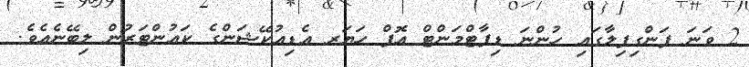
2 ވަނަ ފަންގިފިލާގައި ހުންނަ ޑިޕާޓްމަންޓް އޮފް ހަޔަރ އެޑިއުކޭޝަންގެ ކައުންޓަރުން ލިބޭނެއެވެ.